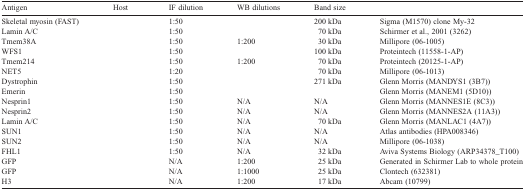
<table><thead><tr><td><b>Antigen</b></td><td><b>Host</b></td><td><b>IF dilution</b></td><td><b>WB dilutions</b></td><td><b>Band size</b></td><td>[EMPTY_CELL]</td></tr></thead><tbody><tr><td>Skeletal myosin (FAST)</td><td>[EMPTY_CELL]</td><td>1:50</td><td>[EMPTY_CELL]</td><td>200 kDa</td><td>Sigma (M1570) clone My-32</td></tr><tr><td>Lamin A/C</td><td>[EMPTY_CELL]</td><td>1:50</td><td>[EMPTY_CELL]</td><td>70 kDa</td><td>Schirmer et al., 2001 (3262)</td></tr><tr><td>Tmem38A</td><td>[EMPTY_CELL]</td><td>1:50</td><td>1:200</td><td>30 kDa</td><td>Millipore (06-1005)</td></tr><tr><td>WFS1</td><td>[EMPTY_CELL]</td><td>1:50</td><td>[EMPTY_CELL]</td><td>100 kDa</td><td>Proteintech (11558-1-AP)</td></tr><tr><td>Tmem214</td><td>[EMPTY_CELL]</td><td>1:50</td><td>1:200</td><td>70 kDa</td><td>Proteintech (20125-1-AP)</td></tr><tr><td>NET5</td><td>[EMPTY_CELL]</td><td>1:20</td><td>[EMPTY_CELL]</td><td>70 kDa</td><td>Millipore (06-1013)</td></tr><tr><td>Dystrophin</td><td>[EMPTY_CELL]</td><td>1:50</td><td>[EMPTY_CELL]</td><td>271 kDa</td><td>Glenn Morris (MANDYS1 (3B7))</td></tr><tr><td>Emerin</td><td>[EMPTY_CELL]</td><td>1:50</td><td>[EMPTY_CELL]</td><td>[EMPTY_CELL]</td><td>Glenn Morris (MANEM1 (5D10))</td></tr><tr><td>Nesprin1</td><td>[EMPTY_CELL]</td><td>1:50</td><td>N/A</td><td>N/A</td><td>Glenn Morris (MANNES1E (8C3))</td></tr><tr><td>Nesprin2</td><td>[EMPTY_CELL]</td><td>1:50</td><td>N/A</td><td>N/A</td><td>Glenn Morris (MANNES2A (11A3))</td></tr><tr><td>Lamin A/C</td><td>[EMPTY_CELL]</td><td>1:50</td><td>N/A</td><td>70 kDa</td><td>Glenn Morris (MANLAC1 (4A7))</td></tr><tr><td>SUN1</td><td>[EMPTY_CELL]</td><td>1:50</td><td>N/A</td><td>N/A</td><td>Atlas antibodies (HPA008346)</td></tr><tr><td>SUN2</td><td>[EMPTY_CELL]</td><td>1:50</td><td>N/A</td><td>N/A</td><td>Millipore (06-1038)</td></tr><tr><td>FHL1</td><td>[EMPTY_CELL]</td><td>1:50</td><td>N/A</td><td>32 kDa</td><td>Aviva Systems Biology (ARP34378_T100)</td></tr><tr><td>GFP</td><td>[EMPTY_CELL]</td><td>N/A</td><td>1:200</td><td>25 kDa</td><td>Generated in Schirmer Lab to whole protein</td></tr><tr><td>GFP</td><td>[EMPTY_CELL]</td><td>N/A</td><td>1:1000</td><td>25 kDa</td><td>Clontech (632381)</td></tr><tr><td>H3</td><td>[EMPTY_CELL]</td><td>N/A</td><td>1:200</td><td>17 kDa</td><td>Abcam (10799)</td></tr></tbody></table>